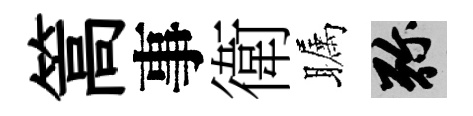
篙事衛瞩弥